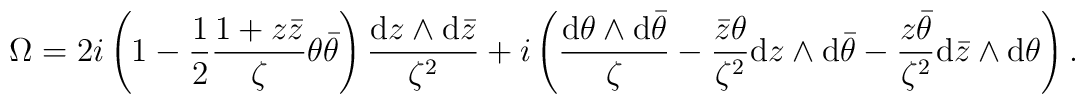
\Omega=2i\left(1-\frac{1}{2}\frac{1+z\bar{z}}{\zeta}\theta\bar{\theta}\right)\frac{{\rm d}z\wedge {\rm d}\bar{z}}{\zeta^2}+i\left(\frac{{\rm d}\theta \wedge {\rm d}\bar{\theta}}{\zeta}-\frac{\bar{z}\theta}{\zeta^2}{\rm d}z \wedge {\rm d}\bar{\theta}-\frac{z\bar{\theta}}{\zeta^2}{\rm d}\bar{z} \wedge {\rm d}\theta\right).